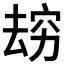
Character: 𰩌